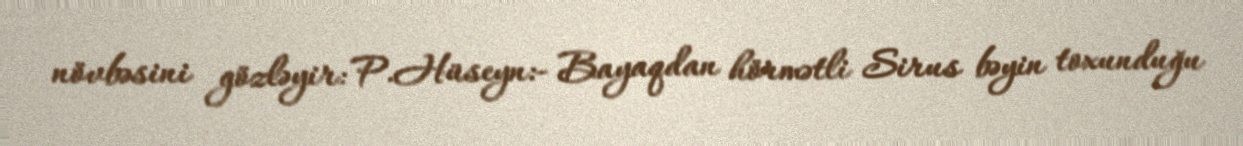
növbəsini gözləyir: P.Hüseyn:- Bayaqdan hörmətli Sirus bəyin toxunduğu